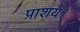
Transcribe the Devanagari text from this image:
प्राशय।